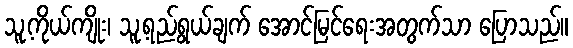
သူ့ကိုယ်ကျိုး၊ သူ့ရည်ရွယ်ချက် အောင်မြင်ရေးအတွက်သာ ပြောသည်။